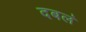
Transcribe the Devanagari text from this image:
दबलं